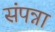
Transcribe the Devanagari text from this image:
संपन्ना